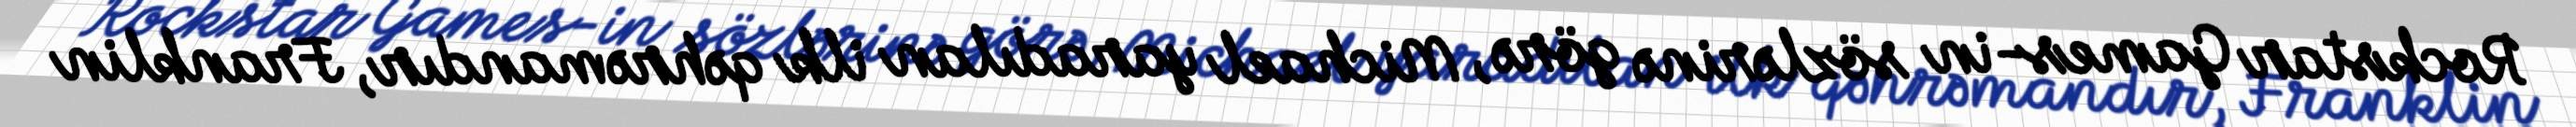
Rockstar Games-in sözlərinə görə, Michael yaradılan ilk qəhrəmandır, Franklin